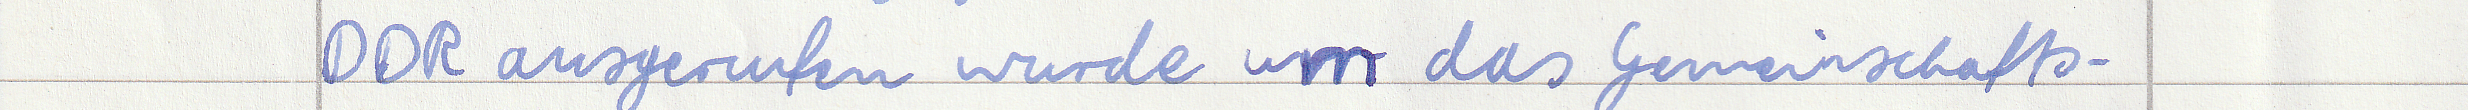
DDR ausgerufen wurde um das Gemeinschafts -